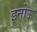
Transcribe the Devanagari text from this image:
इनोऊ